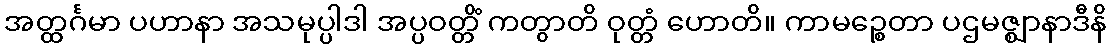
အတ္ထင်္ဂမာ ပဟာနာ အသမုပ္ပါဒါ အပ္ပဝတ္တိံ ကတွာတိ ဝုတ္တံ ဟောတိ။ ကာမဉ္စေတာ ပဌမဇ္ဈာနာဒီနိ